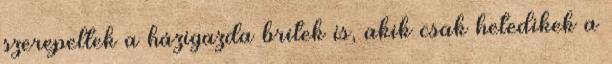
szerepeltek a házigazda britek is, akik csak hetedikek a